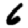
Digit: 6